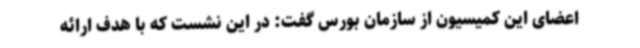
اعضای این کمیسیون از سازمان بورس گفت: در این نشست که با هدف ارائه